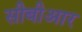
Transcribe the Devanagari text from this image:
सीबीआर